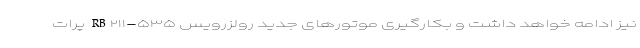
نیز ادامه خواهد داشت و بکارگیری موتورهای جدید رولزرویس RB۲۱۱-۵۳۵ پرات